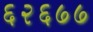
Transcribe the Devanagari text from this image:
६२६७७